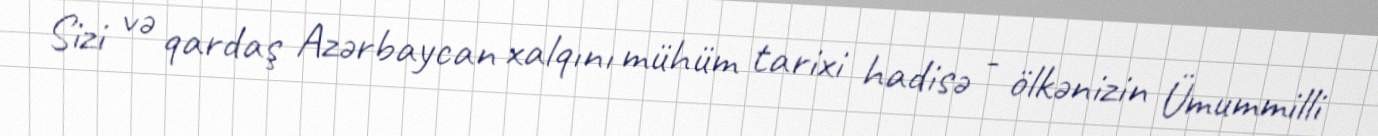
Sizi və qardaş Azərbaycan xalqını mühüm tarixi hadisə - ölkənizin Ümummilli